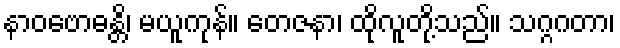
နာဝဗောဓန္တိ၊ မယူကုန်။ တေဇနာ၊ ထိုလူတို့သည်။ သဂ္ဂဂတာ၊